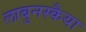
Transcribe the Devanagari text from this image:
लाबुनस्कैया